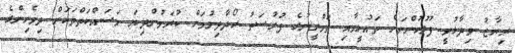
ރިޔާޒު ވިދާޅުވީ ފުލުހުންނަށް ތައުލީމާއި ތަމްރީނުގެ ފުރުސަތު ހޯދާދިނުމަށް ކުރަމުންދިޔަ މަސައްކަތްތަކަށް ދިވެހިންގެ